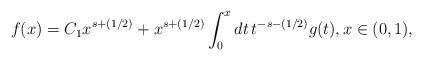
LaTeX: \begin{align*}f(x) = C_1 x^{s + (1/2)} + x^{s + (1/2)} \int_0^x dt \, t^{-s - (1/2)} g(t), x \in (0,1), \end{align*}